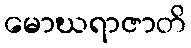
မောဃရာဇာတိ